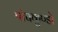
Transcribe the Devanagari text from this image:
पांचकुण्डों